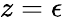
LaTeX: z=\epsilon